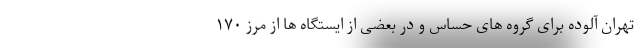
تهران آلوده برای گروه های حساس و در بعضی از ایستگاه ها از مرز ۱۷۰